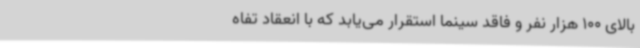
بالای 100 هزار نفر و فاقد سینما استقرار می‌یابد که با انعقاد تفاه